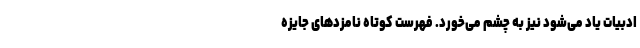
ادبیات یاد می‌شود نیز به چشم می‌خورد. فهرست کوتاه نامزد‌های جایزه